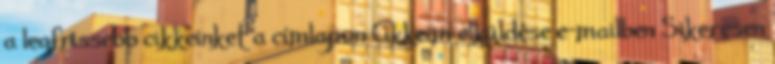
a legfrissebb cikkeinket a címlapon Cikkeim elküldése e-mailben Sikeresen